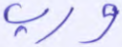
ورب